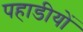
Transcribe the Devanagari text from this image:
पहाडीयों